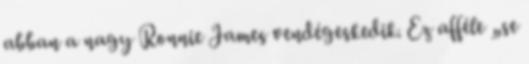
abban a nagy Ronnie James vendégeskedik. Ez afféle „se